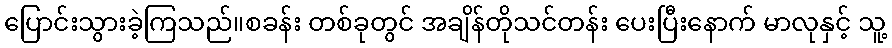
ပြောင်းသွားခဲ့ကြသည်။စခန်း တစ်ခုတွင် အချိန်တိုသင်တန်း ပေးပြီးနောက် မာလုနှင့် သူ့